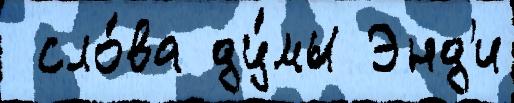
 сло́ва ду́мы Энд'и